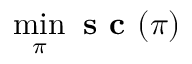
\operatorname* { m i n } _ { \pi } \textbf { s c } ( \pi )